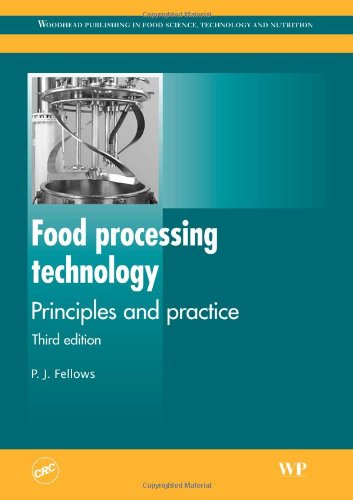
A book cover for Food Processing Technology: Principles and Practice (Woodhead Publishing in Food Science, Technology and Nutrition); P J Fellows; Cookbooks, Food & Wine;